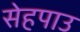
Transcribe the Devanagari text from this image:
सेहपाउ